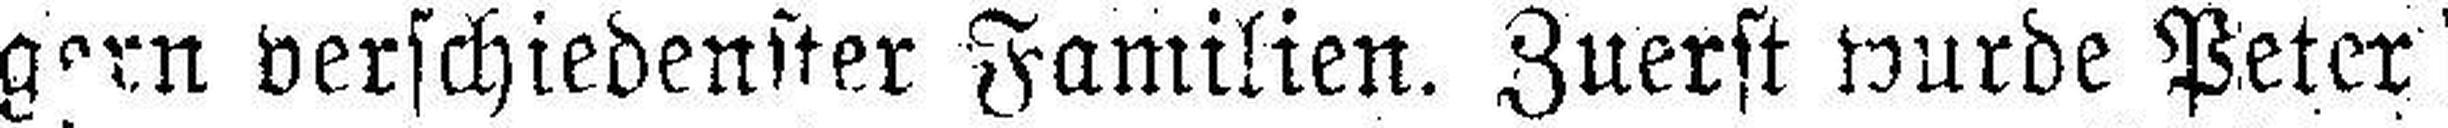
gern verschiedenster Familien. Zuerst wurde Peter